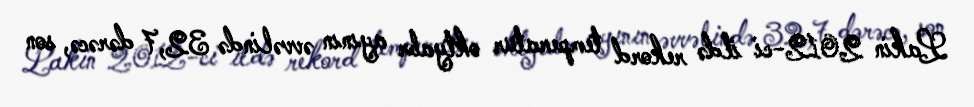
Lakin 2012-ci ildə rekord temperatur oktyabr ayının əvvəlində 32,7 dərəcə, son